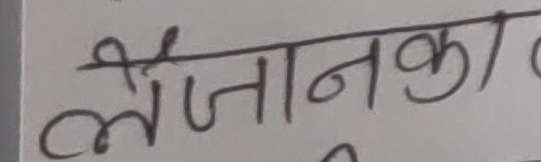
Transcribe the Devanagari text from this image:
लैजानका